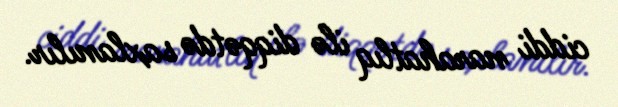
ciddi narahatlıq ilə diqqətdə saxlanılır.